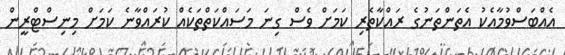
އެއްބަސްވުމާއެކު އެތަންތަނުގެ ރައްކާތެރި ކަމަށް ވެސް ގިނަ މަސައްކަތްތަކެއް ކުރައްވާނެ ކަމަށް މިނިސްޓްރީން